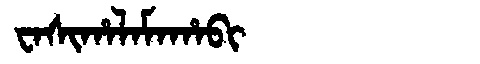
Manchu: ᠸᠠᠰᡳᡥᠠᠯᠠᠮᠠᡥᠠᠪᡳ
Romanization: WASIHALAMAHABI